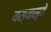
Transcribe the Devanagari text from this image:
यस्यास्ये